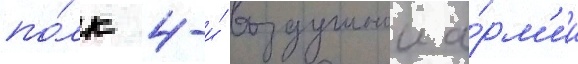
по́лк 4-и́ воздушнои а́рм'ии